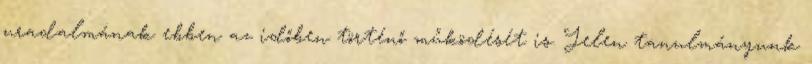
uradalmának ebben az időben történő működését is. Jelen tanulmányunk